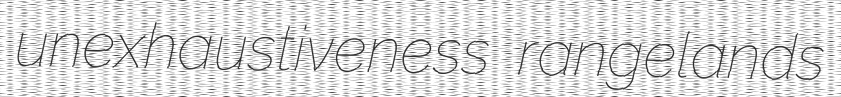
unexhaustiveness rangelands